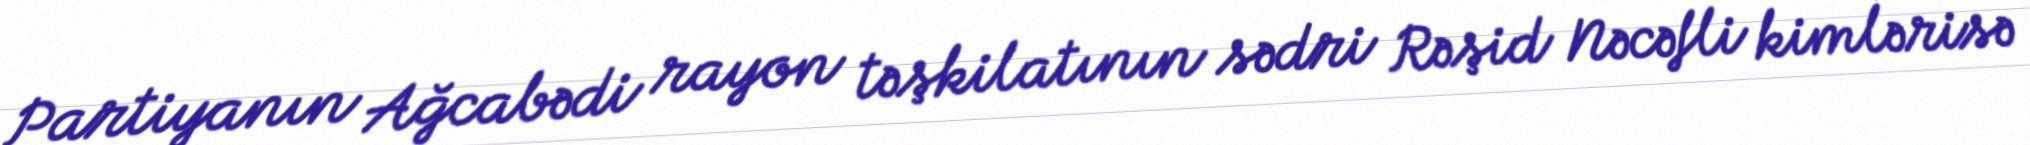
Partiyanın Ağcabədi rayon təşkilatının sədri Rəşid Nəcəfli kimlərisə